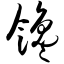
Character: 馋